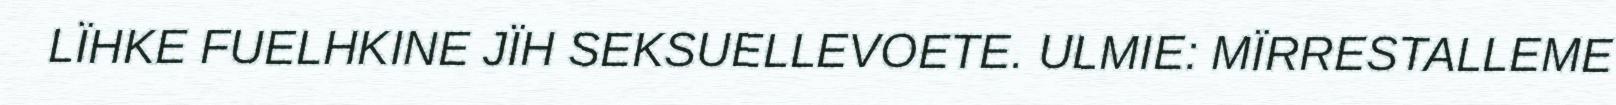
LÏHKE FUELHKINE JÏH SEKSUELLEVOETE. ULMIE: MÏRRESTALLEME